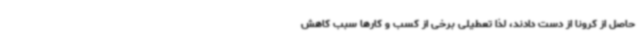
حاصل از کرونا از دست دادند، لذا تعطیلی برخی از کسب و کارها سبب کاهش